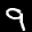
Label: 9